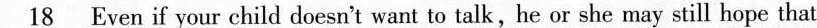
\underline{18} Even if your child doesn't want to talk,he or she may still hope that